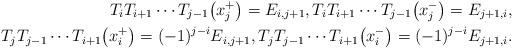
LaTeX: \begin{align*}T_{i} T_{i+1} \cdots T_{j-1} \big(x_{j}^+\big) = E_{i,j+1},T_{i} T_{i+1} \cdots T_{j-1} \big(x_{j}^-\big) = E_{j+1,i}, \\T_{j} T_{j-1} \cdots T_{i+1} \big(x_{i}^+\big) = (-1)^{j-i}E_{i,j+1},T_{j} T_{j-1} \cdots T_{i+1} \big(x_{i}^-\big) = (-1)^{j-i}E_{j+1,i}. \end{align*}